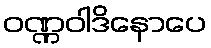
ဝဏ္ဏဝါဒိနောပေ